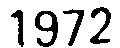
1972